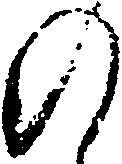
の